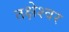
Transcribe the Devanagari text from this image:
तक्षेश्वर